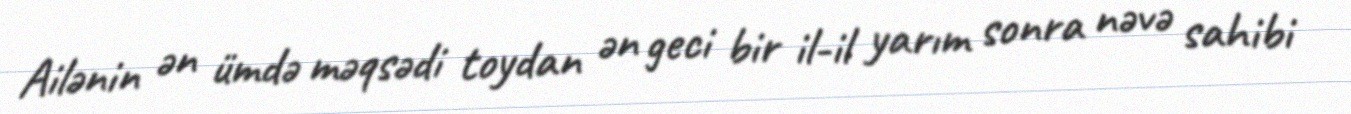
Ailənin ən ümdə məqsədi toydan ən geci bir il-il yarım sonra nəvə sahibi